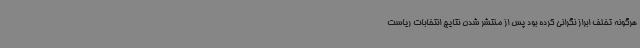
هرگونه تخلف ابراز نگرانی کرده بود پس از منتشر شدن نتایج انتخابات ریاست